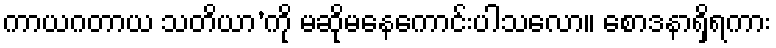
ကာယဂတာယ သတိယာ’ကို မဆိုမနေကောင်းပါသလော။ စောဒနာရှိရကား